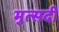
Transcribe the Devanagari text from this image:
मुत्सदी